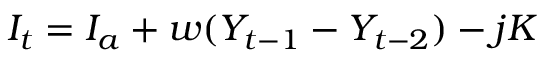
I _ { t } = I _ { a } + w ( Y _ { t - 1 } - Y _ { t - 2 } ) - j K